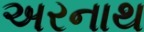
અરનાથ